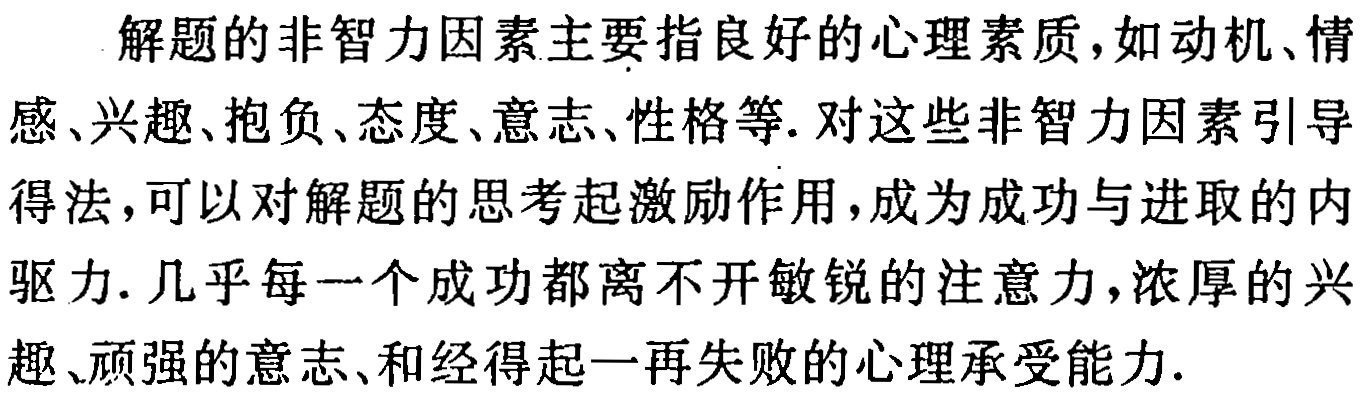
解题的非智力因素主要指良好的心理素质,如动机、情感、兴趣、抱负、态度、意志、性格等. 对这些非智力因素引导得法,可以对解题的思考起激励作用,成为成功与进取的内驱力. 几乎每一个成功都离不开敏锐的注意力,浓厚的兴趣、顽强的意志、和经得起一再失败的心理承受能力.